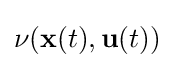
\nu (\mathbf {x} (t),\mathbf {u} (t))